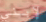
لإبني